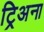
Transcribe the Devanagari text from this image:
ट्रिअना